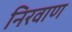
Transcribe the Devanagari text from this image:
निरवाण